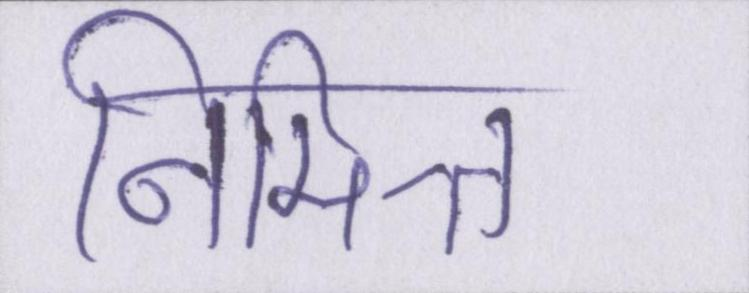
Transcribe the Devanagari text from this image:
निमित्त